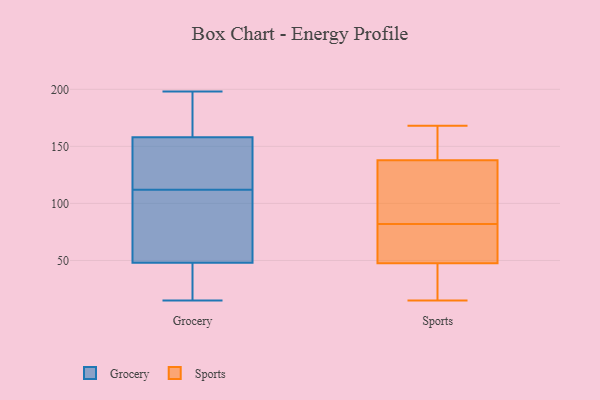
{"axis": {"x": "Operating Costs (USD K)", "y": "Value"}, "legend": ["Grocery", "Sports"], "data": [{"x": "", "y": 194, "type": "Grocery"}, {"x": "", "y": 142, "type": "Grocery"}, {"x": "", "y": 96, "type": "Grocery"}, {"x": "", "y": 119, "type": "Grocery"}, {"x": "", "y": 23, "type": "Grocery"}, {"x": "", "y": 33, "type": "Grocery"}, {"x": "", "y": 129, "type": "Grocery"}, {"x": "", "y": 22, "type": "Grocery"}, {"x": "", "y": 158, "type": "Grocery"}, {"x": "", "y": 56, "type": "Grocery"}, {"x": "", "y": 151, "type": "Grocery"}, {"x": "", "y": 198, "type": "Grocery"}, {"x": "", "y": 15, "type": "Grocery"}, {"x": "", "y": 169, "type": "Grocery"}, {"x": "", "y": 185, "type": "Grocery"}, {"x": "", "y": 48, "type": "Grocery"}, {"x": "", "y": 93, "type": "Grocery"}, {"x": "", "y": 105, "type": "Grocery"}, {"x": "", "y": 46, "type": "Sports"}, {"x": "", "y": 137, "type": "Sports"}, {"x": "", "y": 82, "type": "Sports"}, {"x": "", "y": 148, "type": "Sports"}, {"x": "", "y": 48, "type": "Sports"}, {"x": "", "y": 53, "type": "Sports"}, {"x": "", "y": 85, "type": "Sports"}, {"x": "", "y": 44, "type": "Sports"}, {"x": "", "y": 136, "type": "Sports"}, {"x": "", "y": 15, "type": "Sports"}, {"x": "", "y": 128, "type": "Sports"}, {"x": "", "y": 41, "type": "Sports"}, {"x": "", "y": 79, "type": "Sports"}, {"x": "", "y": 143, "type": "Sports"}, {"x": "", "y": 168, "type": "Sports"}, {"x": "", "y": 54, "type": "Sports"}, {"x": "", "y": 140, "type": "Sports"}]}